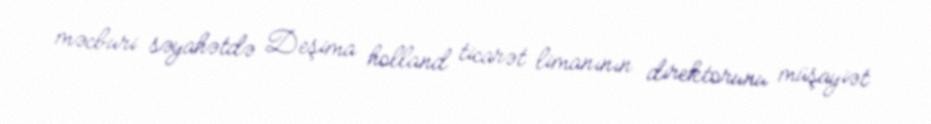
məcburi səyahətdə Deşima holland ticarət limanının direktorunu müşayiət